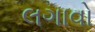
લગાવો